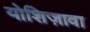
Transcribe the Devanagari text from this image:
योशिज़ावा